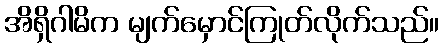
အိရှိဂါမိက မျက်မှောင်ကြုတ်လိုက်သည်။